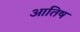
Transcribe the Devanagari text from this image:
आतिष